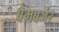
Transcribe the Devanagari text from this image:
बैमबर्जर